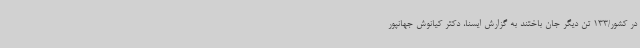
در کشور/133 تن دیگر جان باختند به گزارش ایسنا، دکتر کیانوش جهانپور